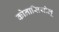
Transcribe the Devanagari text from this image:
कोनासियोलू